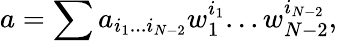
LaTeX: a=\sum a_{i_{1}...i_{N-2}}w_{1}^{i_{1}}...w_{N-2}^{i_{N-2}},